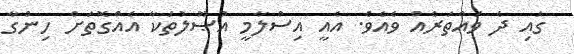
ގައި ދެ ވައްތަރެއް ވެއެވެ. އެއީ އިސްލާމީ އުޞޫލުތަކާ އެއްގޮތަށް ހިންގާ